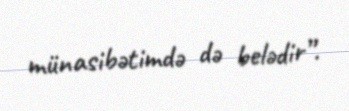
münasibətimdə də belədir”.